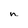
Character: n